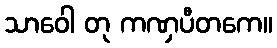
သာဝေါ တု ကဏှပီတကေ။